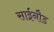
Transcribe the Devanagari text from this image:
साईनौड